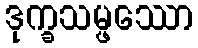
ဒုက္ခသမ္ဖဿော